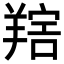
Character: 𦎩